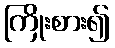
ကြိုးစား၍